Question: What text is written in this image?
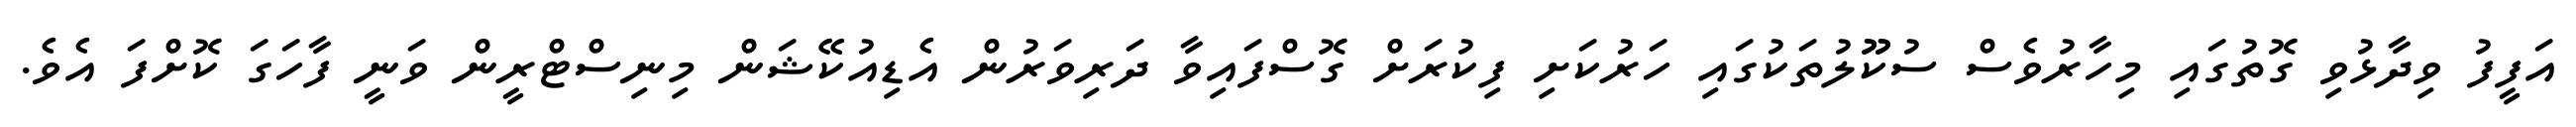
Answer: އަފީފު ވިދާޅުވި ގޮތުގައި މިހާރުވެސް ސުކޫޫލުތަކުގައި ހަރުކަށި ފިކުރަށް ގޮސްފައިވާ ދަރިވަރުން އެޑިއުކޭޝަން މިނިސްޓްރީން ވަނީ ފާހަގަ ކޮށްފަ އެވެ.